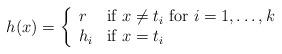
LaTeX: \begin{align*}h(x)=\left\{\begin{array}{ll} r &\mbox{if } x\neq t_i\mbox{ for }i=1,\dots,k\\ h_i &\mbox{if } x=t_i\end{array}\right.\end{align*}